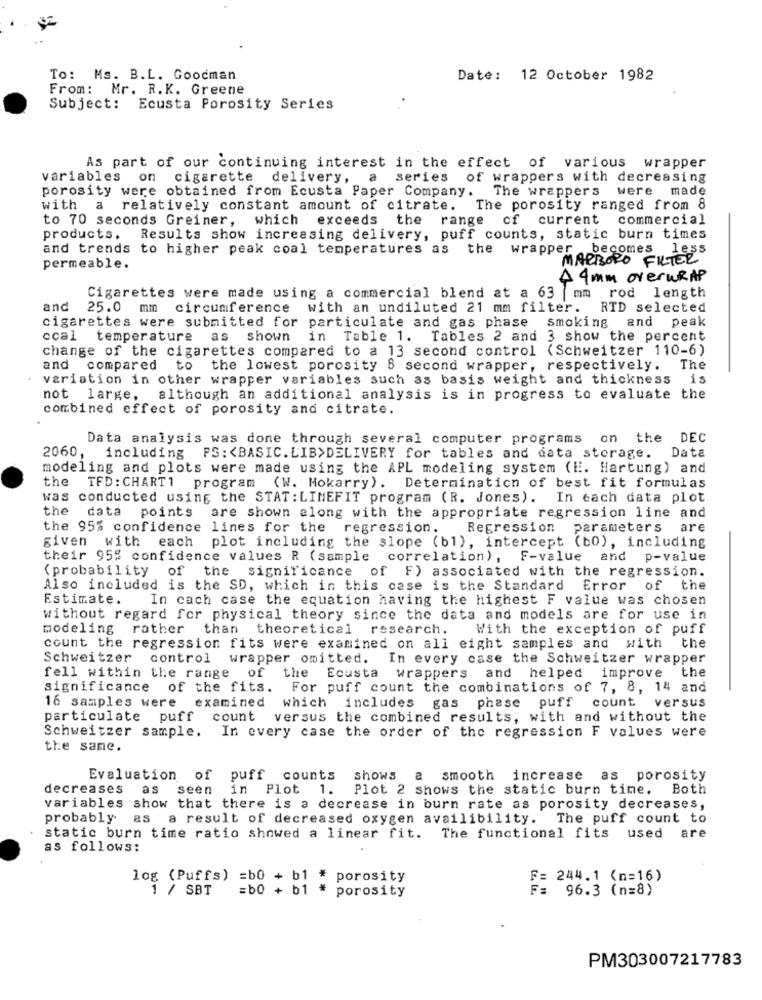
To: Ms. B.L. Goodman
Date: 12 October 1982
From: Mr. R.K. Greene
Subject: Ecusta Porosity Series
As part of our continuing interest in the effect of various wrapper
variables on cigarette delivery, a series of wrappers with decreasing
porosity were obtained from Ecusta Paper Company. The wrappers were made
with a relatively constant amount of citrate. The porosity ranged from 8
to 70 seconds Greiner, which exceeds the range of current commercial
products.
Results show increasing delivery, puff counts, static burn times
and trends to higher peak coal temperatures as the wrapper becomes less
MARBORO FILTER
permeable.
A 4 mm overwRAP
Cigarettes were made using a commercial blend at a 63 mm rod length
and 25.0 mm circumference with an undiluted 21 mm filter.
RTD selected
cigarettes were submitted for particulate and gas phase smoking and peak
ccal temperature as shown
in Table 1. Tables 2 and 3 show the percent
change of the cigarettes compared to a 13 second control (Schweitzer 110-6)
and compared to the lowest porosity B second wrapper, respectively. The
variation in other wrapper variables such as basis weight and thickness
is
not large, although an additional analysis is in progress to evaluate the
combined effect of porosity and citrate.
Data analysis was done through several computer programs o
the
DEC
2060, including PS: < BASIC. LIB>DELIVERY for tables and data storage.
Data
modeling and plots were made using the APL modeling system (H. Hartung) and
the
TFD: CHART1 program (W. Mokarry). Determination of best fit formulas
was conducted using the STAT : LINEFIT program (R. Jones). In each data plot
the
data points are shown along with the appropriate regression line and
the 95% confidence lines for the regression.
Regression parameters are
given
with each plot including the slope (b1), intercept (bo), including
their 95% confidence values R (sample correlation), F-value and p-value
(probability of the significance of F) associated with the regression.
Also included is the SD, which in this case is the Standard
Error of the
Estimate.
In cach case the equation having the highest F value was chosen
without regard for physical theory since the data and models are for use in
modeling rather
than theoretical research.
With the exception of puff
count the regression fits were examined on all eight samples and with the
Schweitzer control wrapper omitted.
In every case the Schweitzer wrapper
fell within the range of the Ecusta wrappers and helped improve the
significance of the fits. For puff count the combinations of 7, 8, 14 and
16 samples were examined which includes gas phase puff count versus
particulate puff count versus the combined results, with and without the
Schweitzer sample. In every case the order of the regression F values were
the same.
Evaluation of puff counts
shows a smooth increase as porosity
decreases as seen in Plot 1.
Plot 2 shows the static burn time. Both
variables show that there is a decrease in burn rate as porosity decreases,
probably as
a result of decreased oxygen availibility.
The puff count to
static burn time ratio showed a linear fit. The functional fits used are
as follows:
log (Puffs) =b0 + b1 *
porosity
F= 244.1 (n=16)
1 / SBT
=b0 + b1 * porosity
F= 96.3 (n=8)
PM303007217783